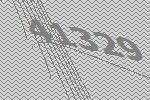
41329